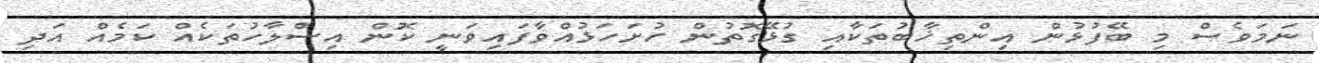
ނަމަވެސް މި ބޭފުޅުން އިންތިޚާބުތަކާއި ގުޅޭގޮތުން ހުށަހަޅުއްވާފައިވަނީ ކޮން އިސްލާހުތަކެއް ކަމެއް އަދި